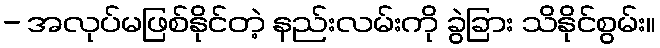
- အလုပ်မဖြစ်နိုင်တဲ့ နည်းလမ်းကို ခွဲခြား သိနိုင်စွမ်း။